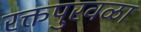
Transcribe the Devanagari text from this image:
रक्तपुरवळा